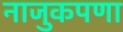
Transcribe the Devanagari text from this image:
नाजुकपणा